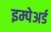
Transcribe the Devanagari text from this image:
इम्पेअर्ड